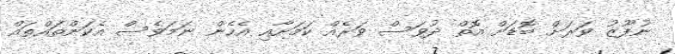
ނުފޫޒު ވަރަށް ބޮޑަށް އޮތް ދުވަސް ވަރެއް ކަމަށާއި އެހެން ނަމަވެސް އެކަންތައްތައް